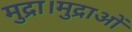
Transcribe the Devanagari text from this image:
मुद्रा।मुद्राओं